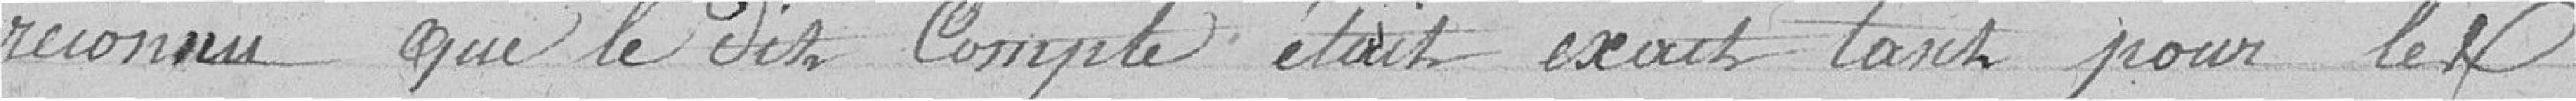
reconnu que le dit Compte était exact tant pour les